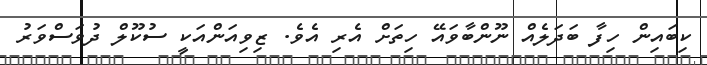
ކިބައިން ހިފާ ބަދަލެއް ނޫންބާވައޭ ހިތަށް އެރި އެވެ. ޒިވިއަންއަކީ ސުކޫލް ދުވަސްވަރު